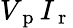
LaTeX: V_{\mathrm{~p~}}I_{\mathrm{~r~}}